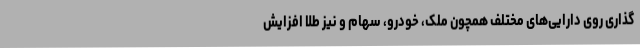
گذاری روی دارایی‌های مختلف همچون ملک، خودرو، سهام و نیز طلا افزایش